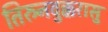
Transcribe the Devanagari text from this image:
तिरुनवुक्करासु